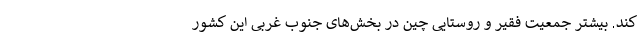
کند. بیشتر جمعیت فقیر و روستایی چین در بخش‌های جنوب غربی این کشور